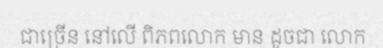
ជាច្រើន នៅលើ ពិភពលោក មាន ដូចជា លោក